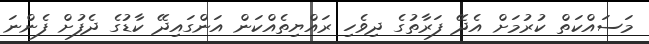
މަސައްކަތް ކުރުމަށް އެދޭ ފަރާތުގެ ދިވެހި ރައްޔިތެއްކަން އަންގައިދޭ ކާޑުގެ ދެފުށް ފެންނަ